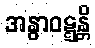
အနွာဝဋ္ဋန္တိ